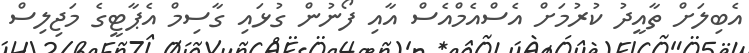
އެބިލަށް ތާއީދު ކުރުމަށް އެސްއެމްއެސް އާއި ފޯނުން ގުޅައި ގާސިމް އެޕާޓީގެ މަޖިލިސް